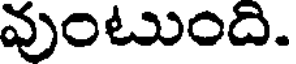
వుంటుంది.